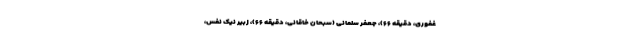
غفوری، دقیقه ۶۶)، جعفر سلمانی (سبحان خاقانی، دقیقه ۶۶)، زبیر نیک نفس،